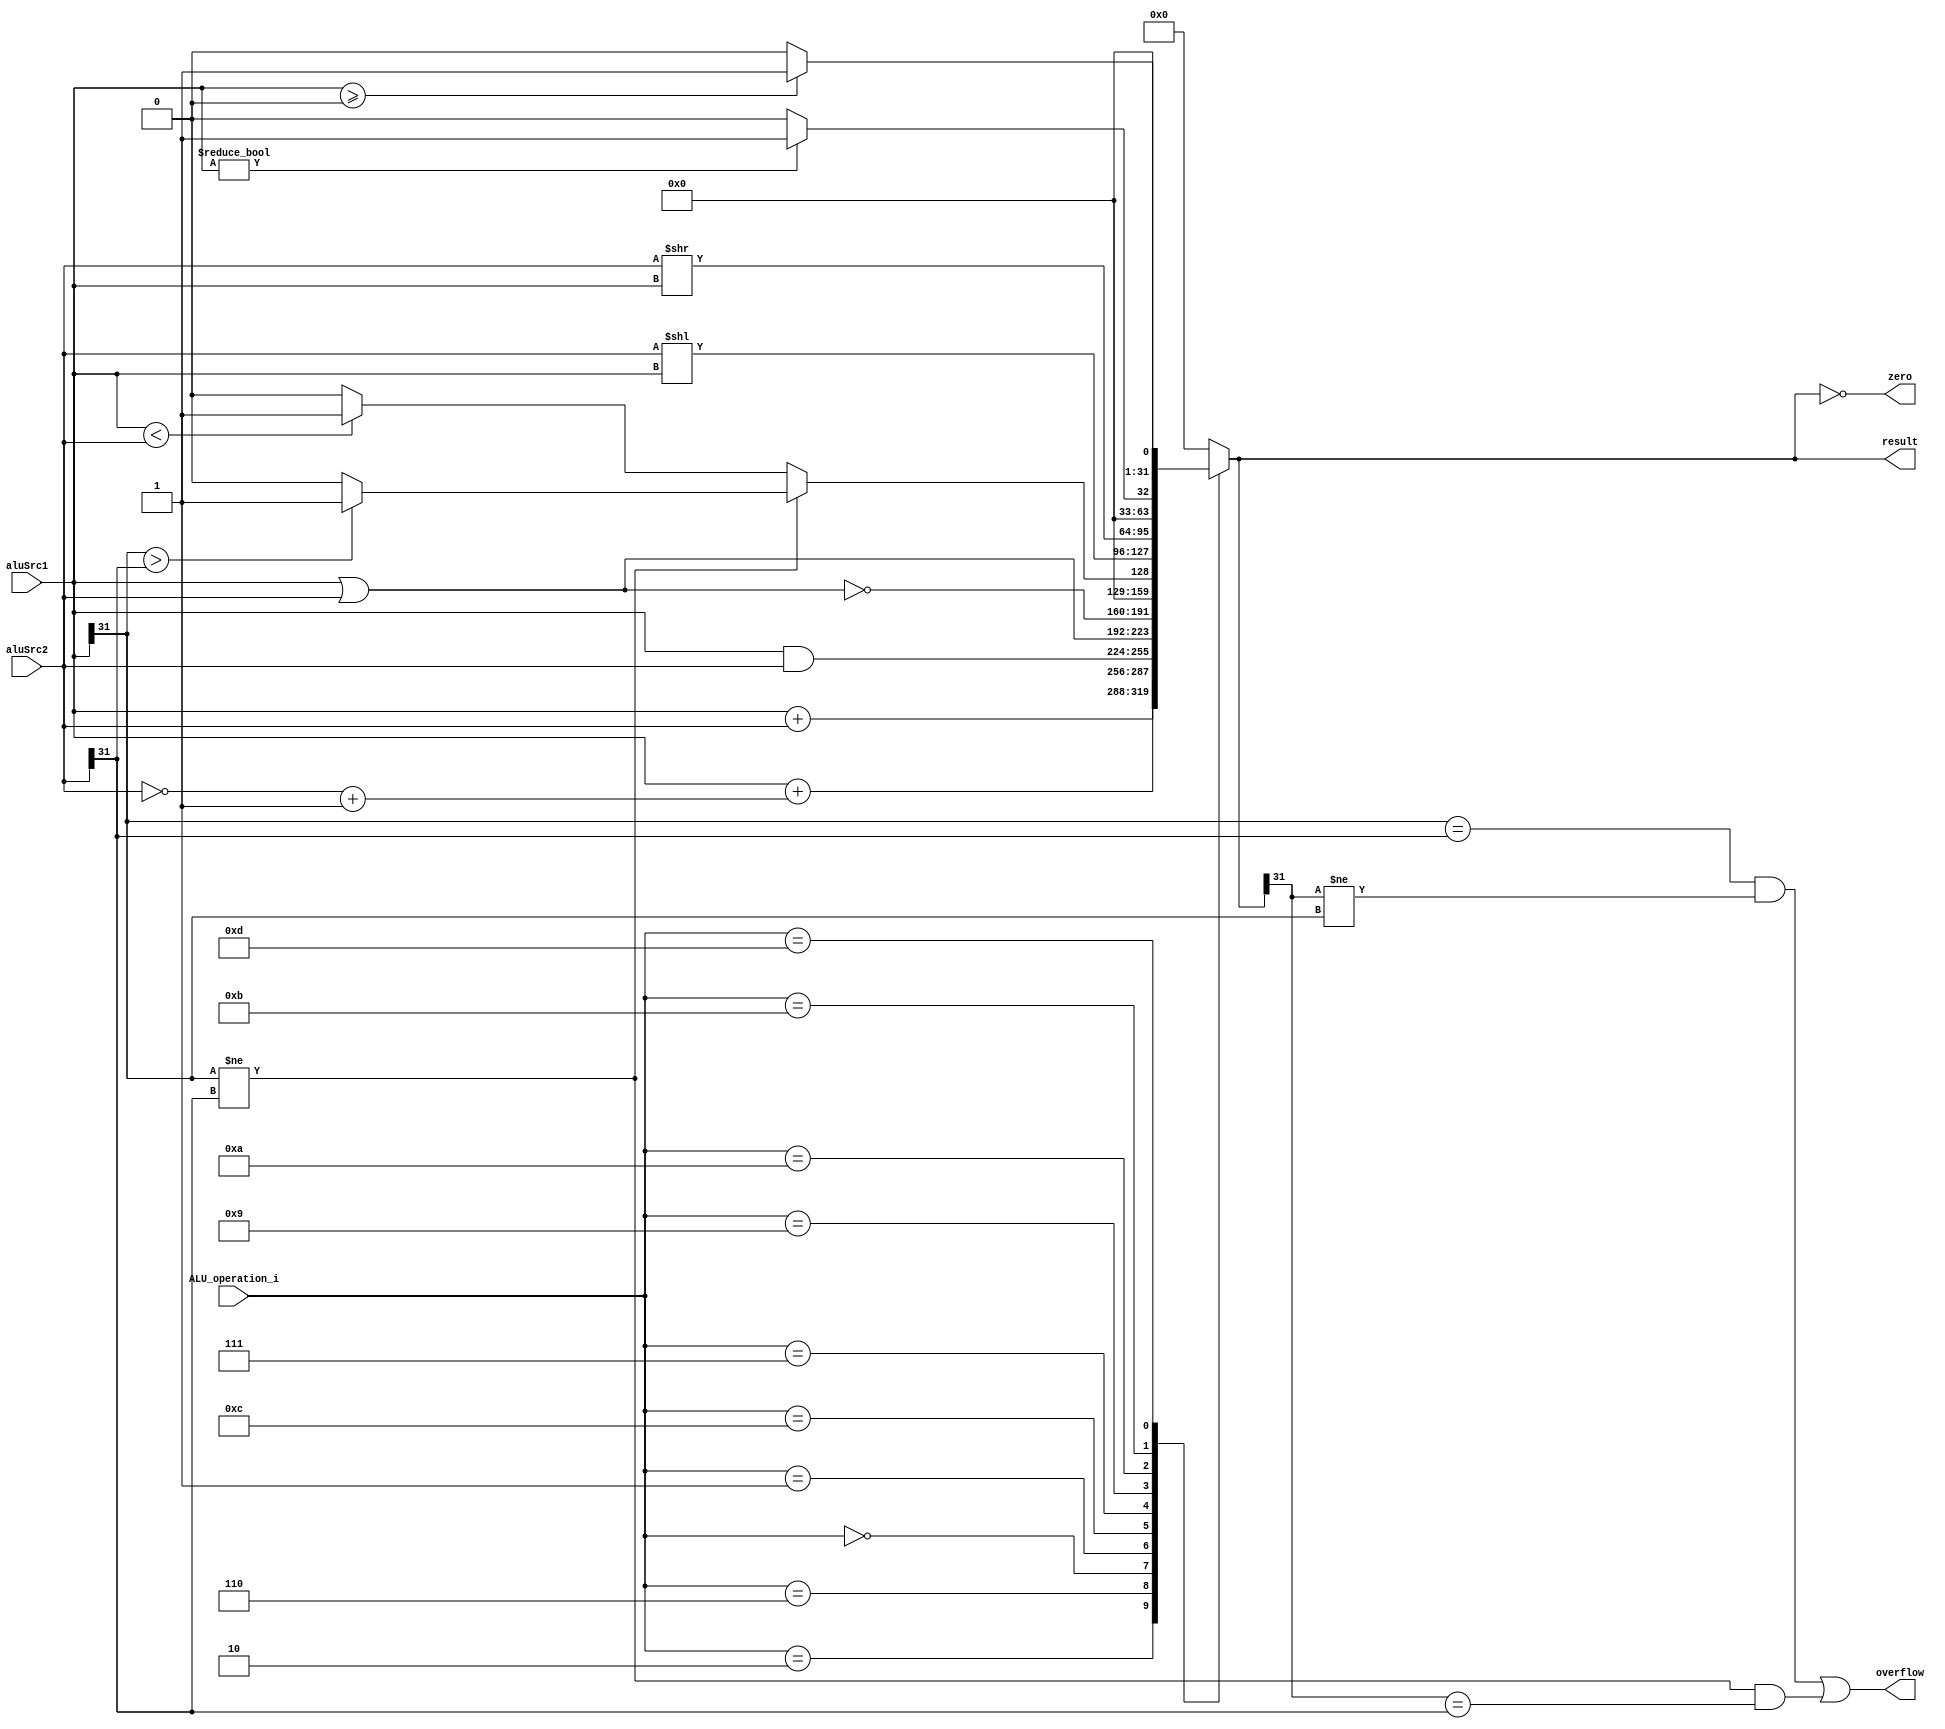
module ALU (
    aluSrc1,
    aluSrc2,
    ALU_operation_i,
    result,
    zero,
    overflow
);

  //I/O ports
  input [32-1:0] aluSrc1;
  input [32-1:0] aluSrc2;
  input [4-1:0] ALU_operation_i;

  output [32-1:0] result;
  output zero;
  output overflow;

  //Internal Signals
  reg [32-1:0] result;
  wire zero;
  wire overflow;

  //Main function
  /*your code here*/

	always @(*) begin
		case (ALU_operation_i)
			//add
			4'b0010: result <= aluSrc1 + aluSrc2;
			
			//sub
			4'b0110: result <= aluSrc1 + (~aluSrc2 + 32'b1);
			
			//and
			4'b0000: result <= aluSrc1 & aluSrc2;
			
			//or
			4'b0001: result <= aluSrc1 | aluSrc2;
			
			//nor
			4'b1100: result <= ~(aluSrc1 | aluSrc2);
			
			//slt
			4'b0111: begin
						if (aluSrc1[31] != aluSrc2[31]) begin
							if (aluSrc1[31] > aluSrc2[31]) begin
								result <= 32'b1;
								end 
							else begin
								result <= 32'b0;
								end
							end 
						else begin
							if (aluSrc1 < aluSrc2) begin
								result <= 32'b1;
							end
							else begin
								result <= 32'b0;
							end
						end
					end
			//sllv
			4'b1001: result <= aluSrc2 << aluSrc1;
			
			//slrv
			4'b1010: result <= aluSrc2 >> aluSrc1;
			
			//bnez
			4'b1011: result <= (aluSrc1 != 32'b0)? 1 : 0;
			
			//bgez
			4'b1101: result <= (aluSrc1 >= 32'b0)? 1 : 0;
			
			default: result <= 32'b0;
		
		endcase
	end

	assign zero = (result == 32'b0);
	assign overflow = (aluSrc1[31] == aluSrc2[31] && result[31] != aluSrc1[31]) || (aluSrc1[31] != aluSrc2[31] && result[31] == aluSrc2[31]);

endmodule